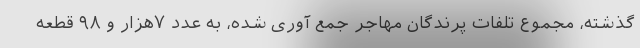
گذشته، مجموع تلفات پرندگان مهاجر جمع آوری شده، به عدد ۷هزار و ۹۸ قطعه